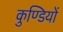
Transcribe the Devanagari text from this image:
कुण्डियों